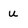
Character: u